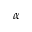
\alpha